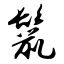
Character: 鬣